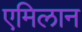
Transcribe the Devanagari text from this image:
एमिलान